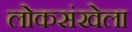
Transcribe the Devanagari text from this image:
लोकसंखेला